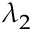
\lambda _ { 2 }